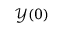
\mathcal { Y } ( 0 )